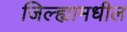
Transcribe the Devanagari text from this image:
जिल्‍ह्यामधील